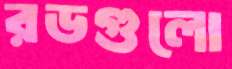
রডগুলো